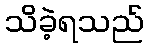
သိခဲ့ရသည်